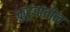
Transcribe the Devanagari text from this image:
कुटुंबांतील